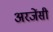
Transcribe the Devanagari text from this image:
अरजेंसी